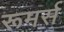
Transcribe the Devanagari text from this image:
रूमर्स